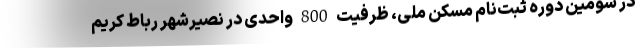
در سومین دوره ثبت‌نام مسکن ملی، ظرفیت 800 واحدی در نصیرشهر رباط کریم